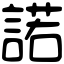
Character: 諾